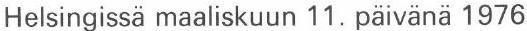
Helsingissä maaliskuun 11. päivänä 1976